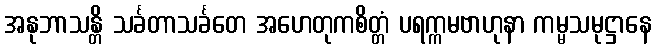
အနုဘာသန္တိ သင်္ခတာသင်္ခတေ အဟေတုကစိတ္တံ ပရက္ကမဗာဟုနာ ကမ္မသမုဋ္ဌာနေ